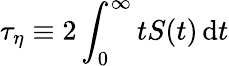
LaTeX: \tau_{\eta}\equiv 2\int_{0}^{\infty}tS(t)\, \mathrm{d}t